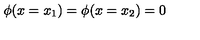
\phi ( x = x _ { 1 } ) = \phi ( x = x _ { 2 } ) = 0